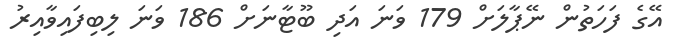
އޭގެ ފަހަތުން ނޭޕާލަށް 179 ވަނަ އަދި ބޫޓާނަށް 186 ވަނަ ލިބިފައިވާއިރު